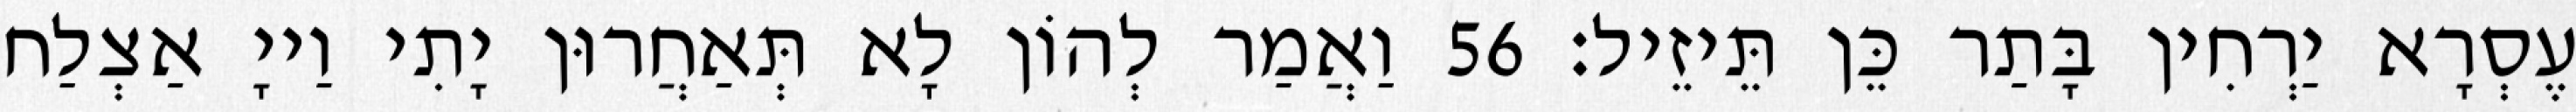
עֶסְרָא יַרְחִין בָּתַר כֵּן תֵּיזֵיל׃ 56 וַאֲמַר לְהוֹן לָא תְּאַחֲרוּן יָתִי וַייָ אַצְלַח